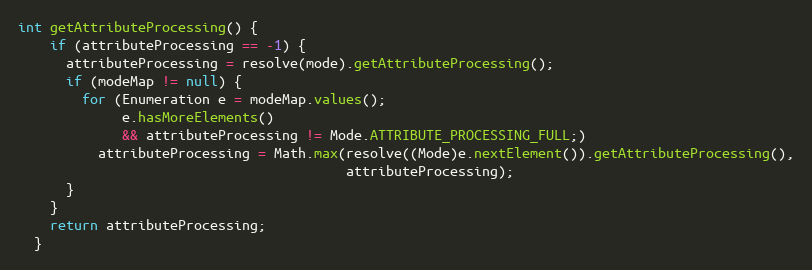
Language: Java
int getAttributeProcessing() {
    if (attributeProcessing == -1) {
      attributeProcessing = resolve(mode).getAttributeProcessing();
      if (modeMap != null) {
        for (Enumeration e = modeMap.values();
             e.hasMoreElements()
             && attributeProcessing != Mode.ATTRIBUTE_PROCESSING_FULL;)
          attributeProcessing = Math.max(resolve((Mode)e.nextElement()).getAttributeProcessing(),
                                         attributeProcessing);
      }
    }
    return attributeProcessing;
  }